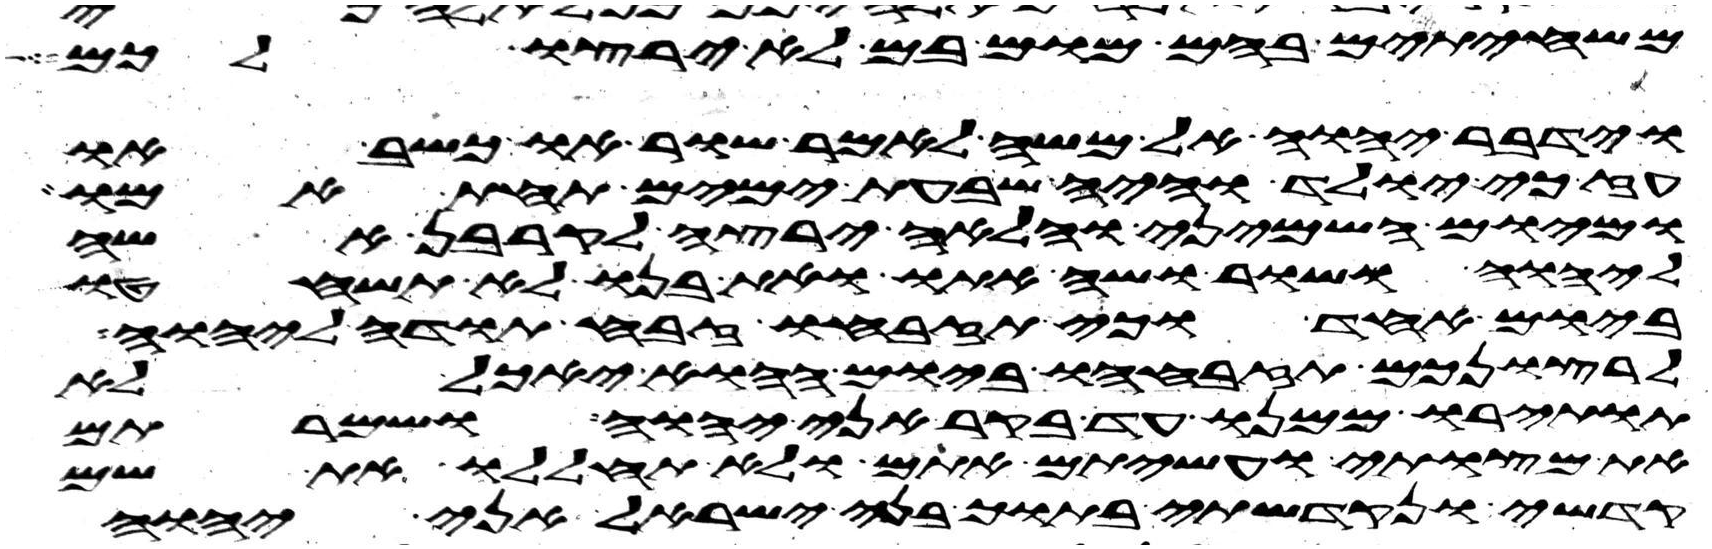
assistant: משחיתים בהם מום בם לא ירצו לכם
וידבר יהוה אל משה לאמר שור או כשב או
עז כי יולד והיה שבעת ימים תחת אמו
ומיום השמיני והלאה ירצה לקרבן אשה
ליהוה ושור ושה אתו ואת בנו לא תשחטו
ביום אחד וכי תזבחו זבח תודה ליהוה
לרצונכם תזבחהו ביום ההוא יאכל לא
תותירו ממנו עד בקר אני יהוה ושמרתם
את מצותי ועשיתם אתם ולא תחללו את שם
קדשי ונקדשתי בתוך בני ישראל אני יהוה